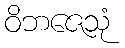
ဝိဘဇေသုံ